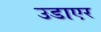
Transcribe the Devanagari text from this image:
उडाएर